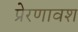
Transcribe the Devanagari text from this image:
प्रेरणावश